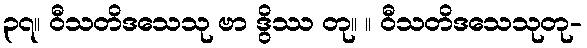
၃၇။ ဝီသတိဒသေသု ဗာ ဒွိဿ တု။ ။ ဝီသတိဒသေသုတု-